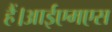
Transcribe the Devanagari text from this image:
हैं।आईएमएस